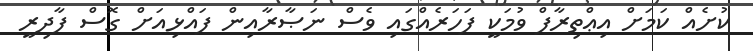
ކުށެއް ކަމަށް އިޢްތިރާފް ވުމަކީ ފަހަރެއްގައި ވެސް ނަޞާރާއިން ފައްޅިއަށް ގޮސް ފާދިރީ